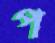
প